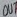
Text: OUT